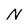
Character: N